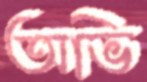
অভি